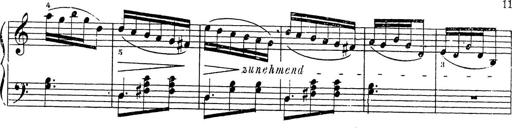
Title: 10 Sonatinas
Composer: Fritz Spindler